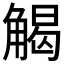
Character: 𮗳